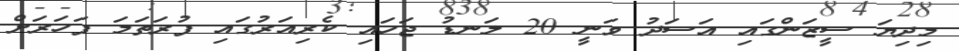
މިދިޔަ ސީޒަންގައި އަސަދު ވަނީ 20 ލަނޑު ޖަހައި ކެރިއަރުގައި ފުރަތަމަ ފަހަރަށް